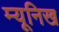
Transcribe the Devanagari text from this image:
म्‍यूनिख